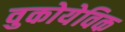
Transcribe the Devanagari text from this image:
वुकोयेविक